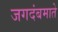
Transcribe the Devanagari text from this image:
जगदंबमाते